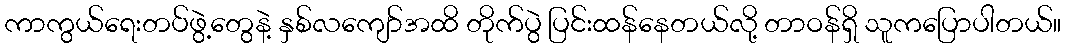
ကာကွယ်ရေးတပ်ဖွဲ့တွေနဲ့ နှစ်လကျော်အထိ တိုက်ပွဲ ပြင်းထန်နေတယ်လို့ တာဝန်ရှိ သူကပြောပါတယ်။